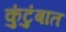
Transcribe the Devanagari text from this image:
कुंटुंबात